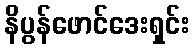
နိပွန်ဖောင်ဒေးရှင်း